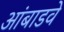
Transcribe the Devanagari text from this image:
आंबाडवे